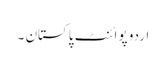
اردو پوائنٹ پاکستان ۔